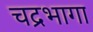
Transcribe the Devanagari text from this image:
चद्रभागा